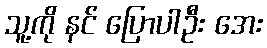
သူ့ကို နင် ပြောပါဦး အေး